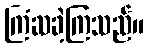
ကြံဆခဲ့ကြသည်။